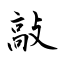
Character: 敲